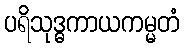
ပရိသုဒ္ဓကာယကမ္မတံ